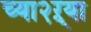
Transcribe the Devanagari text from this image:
च्या२ऱ्या